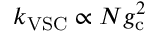
k _ { \mathrm { V S C } } \propto N g _ { \mathrm { c } } ^ { 2 }